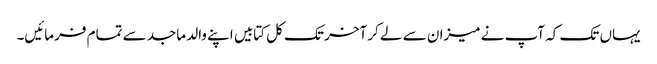
یہاں تک کہ آپ نے میزان سے لے کر آخر تک کل کتابیں اپنے والد ماجد سے تمام فرمائیں۔